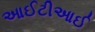
આઈટીઆઈ